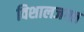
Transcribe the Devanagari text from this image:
विशालजगत